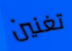
تغنين